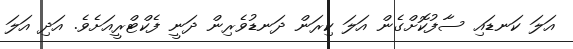
އަލަ ކަނޑައި ސާފުކޮށްގެން އަލަ ކިރަން ދަނޑުވެރިން ދަނީ ފެކްޓްރީއަށެވެ. އަދި އަލަ